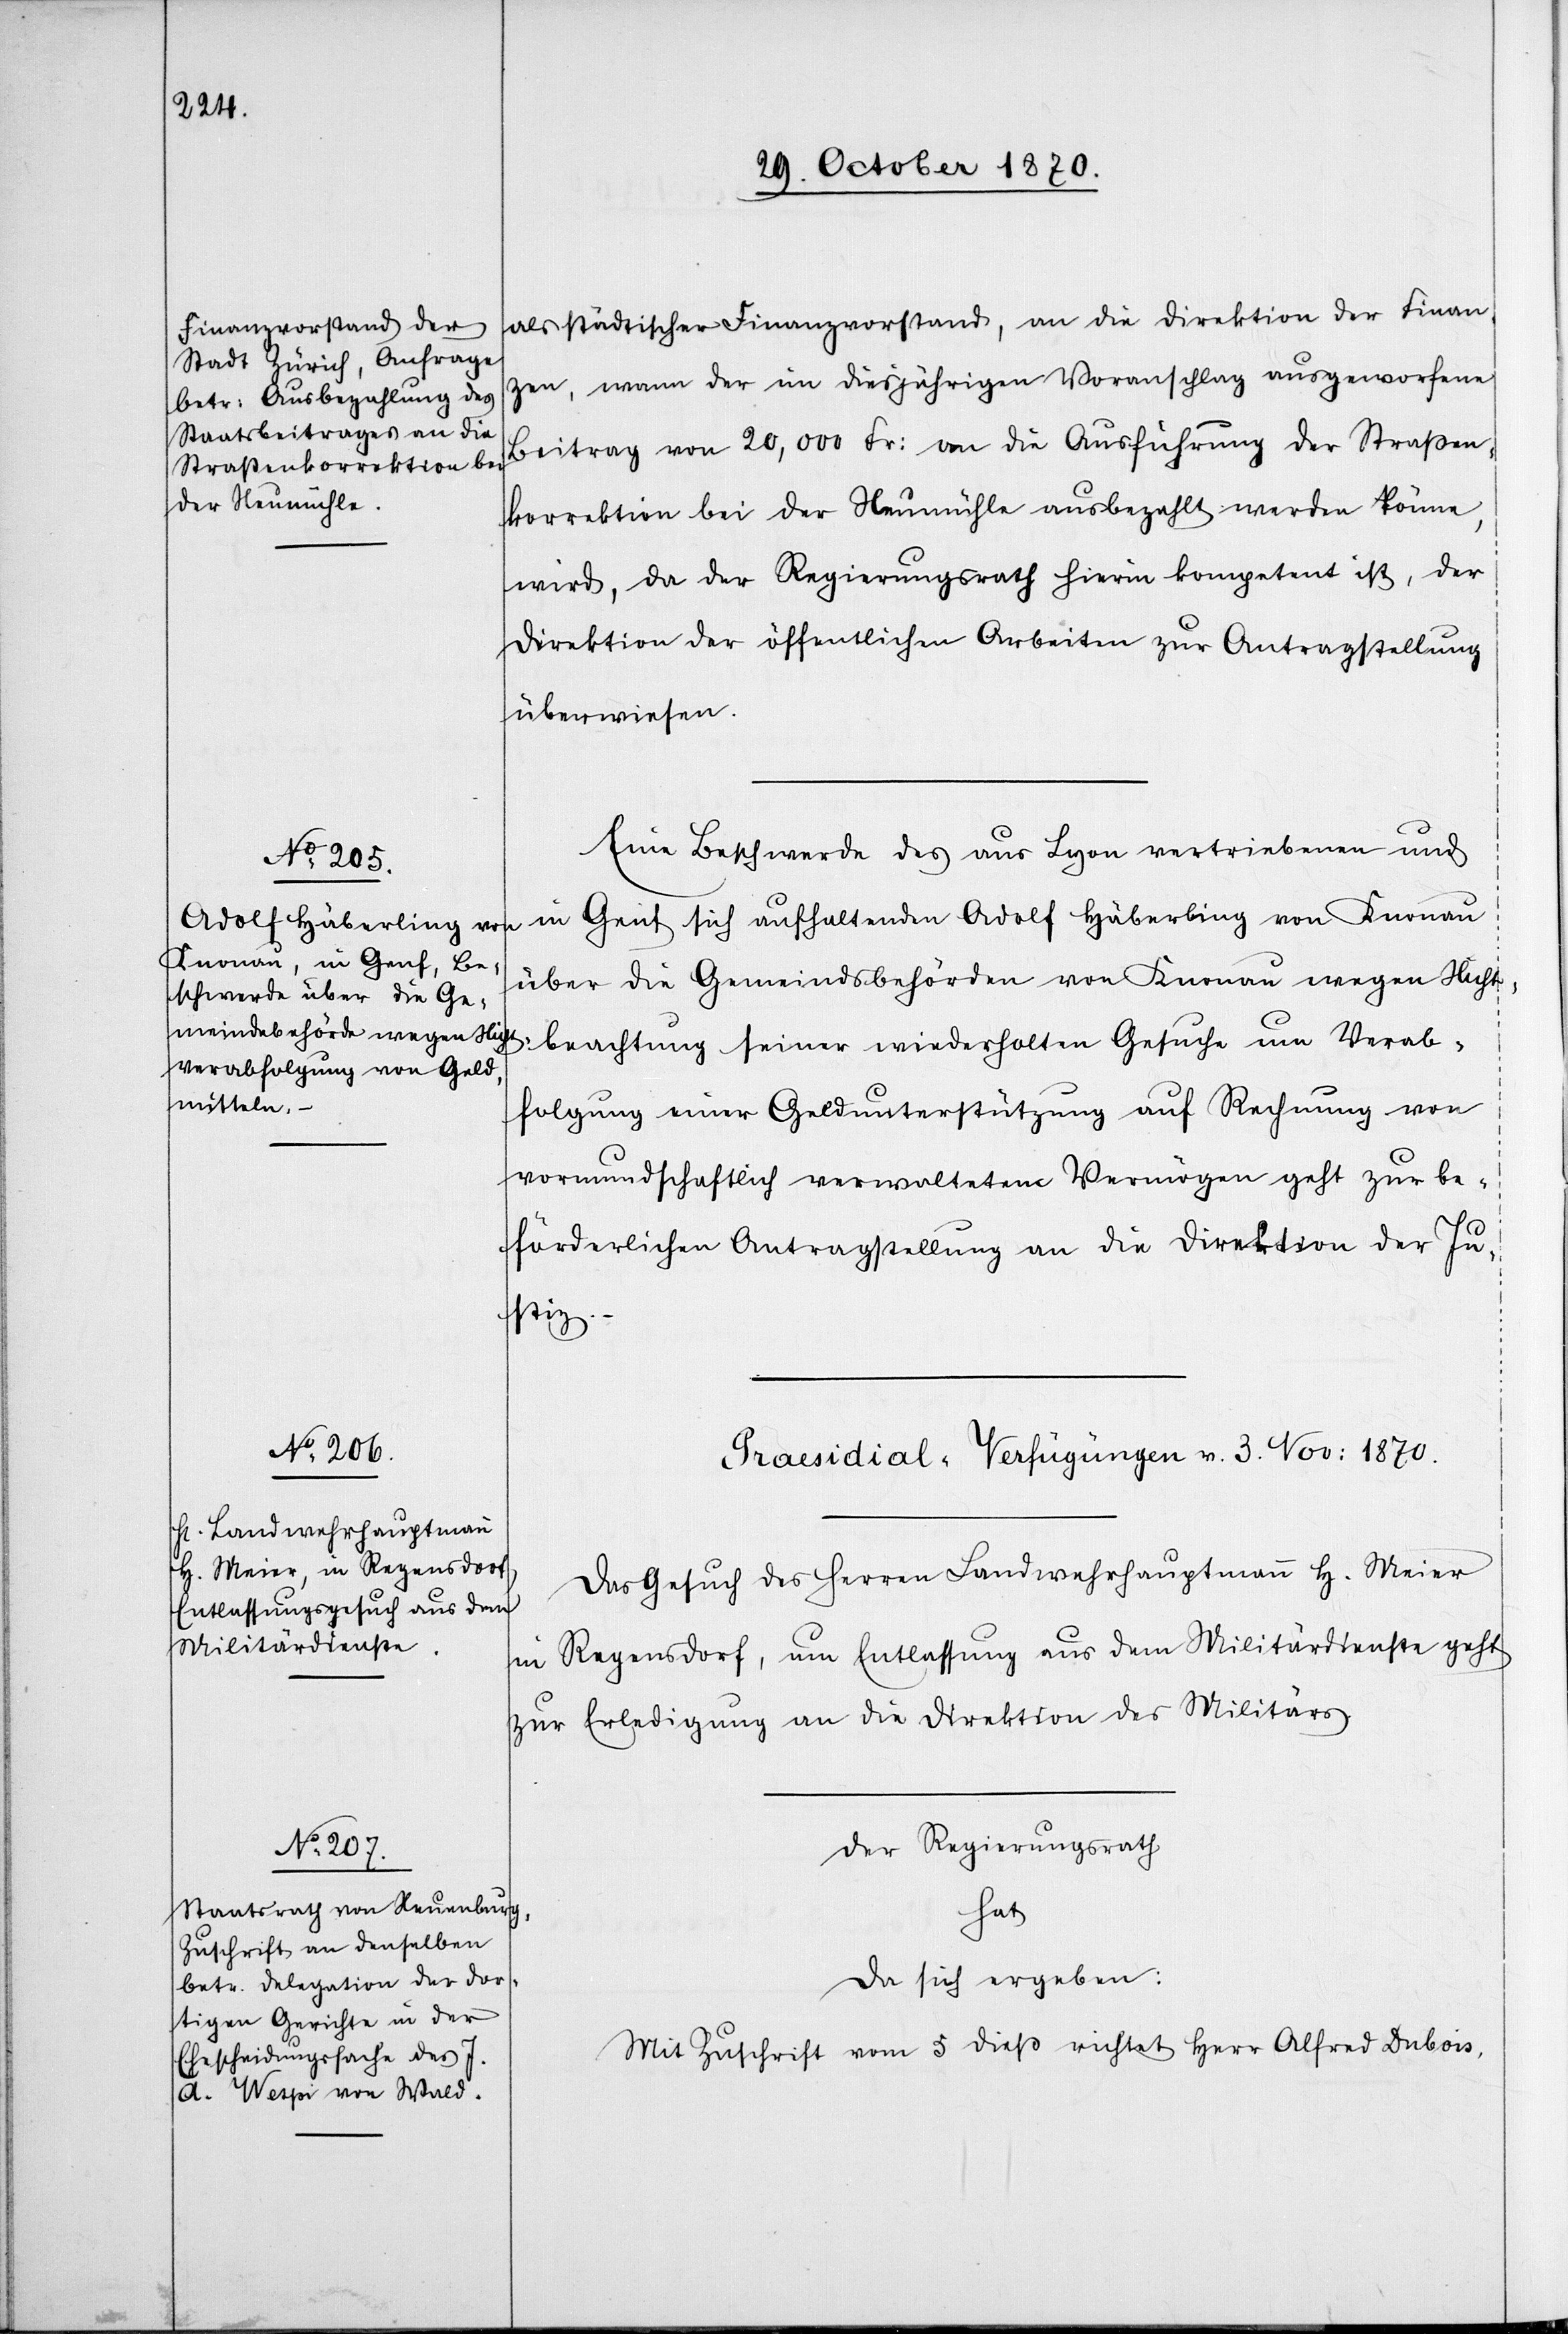
als städtischer Finanzvorstand, an die Direktion der Finan¬
zen, wann der im diesjährigen Voranschlag ausgeworfene
Beitrag von 20,000 Fr: an die Ausführung der Straßen¬
korrektion bei der Neumühle ausbezahlt werden könne,
wird, da der Regierungsrath hier inkompetent ist, der
Direktion der öffentlichen Arbeiten zur Antragstellung
überwiesen.
Eine Beschwerde des aus Lyon vertriebenen und
in Genf sich aufhaltenden Adolf Häberling von Knonau
über die Gemeindsbehörden von Knonau wegen Nicht¬
tbeachtung seiner wiederholten Gesuche um Verab¬
folgung einer Geldunterstützung auf Rechnung von
vormundschaftlich verwalteten Vermögen geht zur be¬
förderlichen Antragstellung an die Direktion der Ju¬
stiz.
[Praesidial-Verfügungen v. 3. Nov: 1870.]
Das Gesuch des Herren Landwehrhauptmann H. Meier
in Regensdorf, um Entlassung aus dem Militärdienste geht
zur Erledigung an die Direktion des Militärs.
Der Regierungsrath
hat
da sich ergeben:
Mit Zuschrift vom 5 dieß richtet Herr Alfred Dubois,